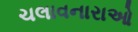
ચલાવનારાઓ